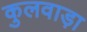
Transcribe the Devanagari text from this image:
कुलवाड़ा